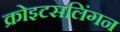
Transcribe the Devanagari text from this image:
क्रोइटसलिंगन